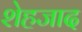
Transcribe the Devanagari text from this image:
शेहजाद